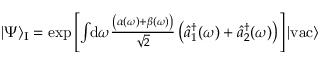
\begin{array} { r } { | \Psi \rangle _ { \mathrm { I } } = \exp \left[ \int \! \! \mathrm { d } \omega \frac { \left( \alpha ( \omega ) + \beta ( \omega ) \right) } { \sqrt { 2 } } \left( \hat { a } _ { 1 } ^ { \dagger } ( \omega ) + \hat { a } _ { 2 } ^ { \dagger } ( \omega ) \right) \right] | \mathrm { v a c } \rangle } \end{array}